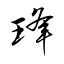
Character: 琒